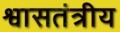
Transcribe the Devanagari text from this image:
श्वासतंत्रीय